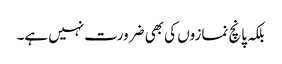
بلکہ پانچ نمازوں کی بھی ضرورت نہیں ہے۔